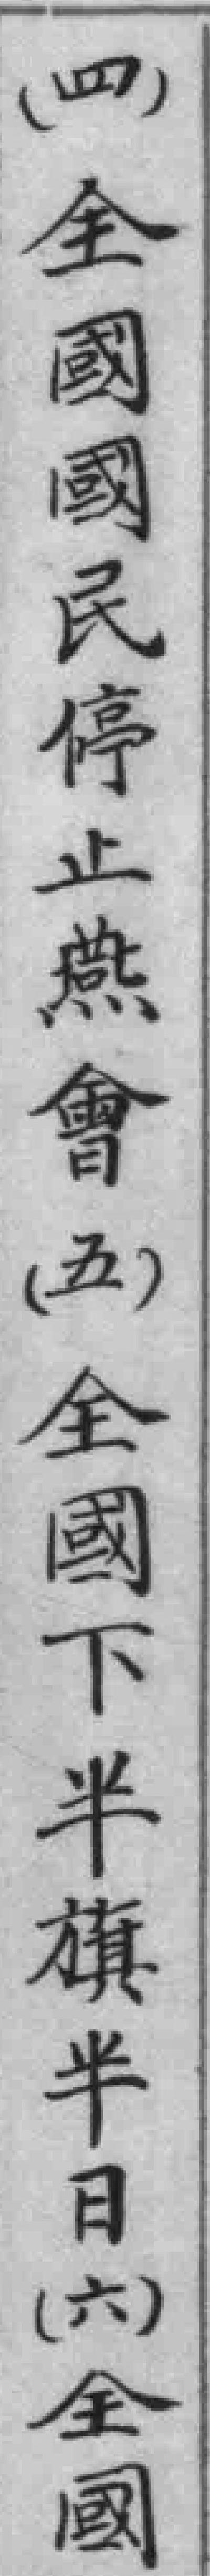
（四）全國國民停止燕會（五）全國下半旗半日（六）全國